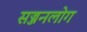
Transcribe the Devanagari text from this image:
सज्जनलोग